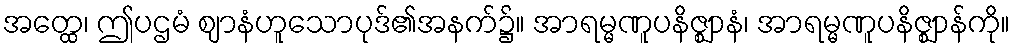
အတ္ထေ၊ ဤပဌမံ ဈာနံဟူသောပုဒ်၏အနက်၌။ အာရမ္မဏူပနိဇ္ဈာနံ၊ အာရမ္မဏူပနိဇ္ဈာန်ကို။